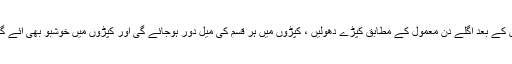
اس کے بعد اگلے دن معمول کے مطابق کپڑے دھولیں ، کپڑوں میں ہر قسم کی میل دور ہوجائے گی اور کپڑوں میں خوشبو بھی آئے گی۔